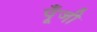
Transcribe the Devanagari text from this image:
पूॅंजी